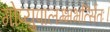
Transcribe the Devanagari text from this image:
गोप्युपालम्भभर्त्सितः।